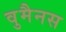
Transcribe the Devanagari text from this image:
वुमैनस